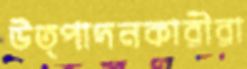
উত্পাদনকারীরা